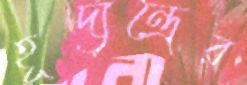
হূদ্যন্ত্রের